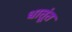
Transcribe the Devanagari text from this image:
धातूंत